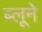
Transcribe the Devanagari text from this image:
ब्लूने